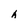
Character: h